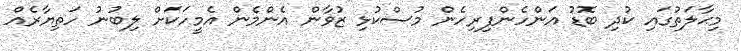
މިޙާލަތުގައި ކުދި ބޮޑު އަންހެންފިރިހެން މުސްކުޅި ޒުވާން އެންމެން އެމީހަކަށް ލިބުނު ހަތިޔާރެއް